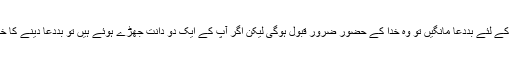
اگر آپ بتیس دانتوں سے کسی کے لئے بددعا مانگیں تو وہ خدا کے حضور ضرور قبول ہوگی لیکن اگر آپ کے ایک دو دانت جھڑے ہوئے ہیں تو بددعا دینے کا خیال دماغ سے نکال دیجئے گا۔